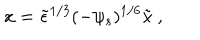
LaTeX: x = \tilde { \epsilon } ^ { 1 / 3 } ( - \psi _ { s } ) ^ { 1 / 6 } \tilde { x } \ ,